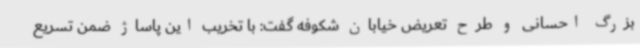
بزرگ احسانی و طرح تعریض خیابان شکوفه گفت: با تخریب این پاساژ ضمن تسریع